King Institute of Preventive Medicine Micro-Biological Section reports 1909-11
Year: 1909
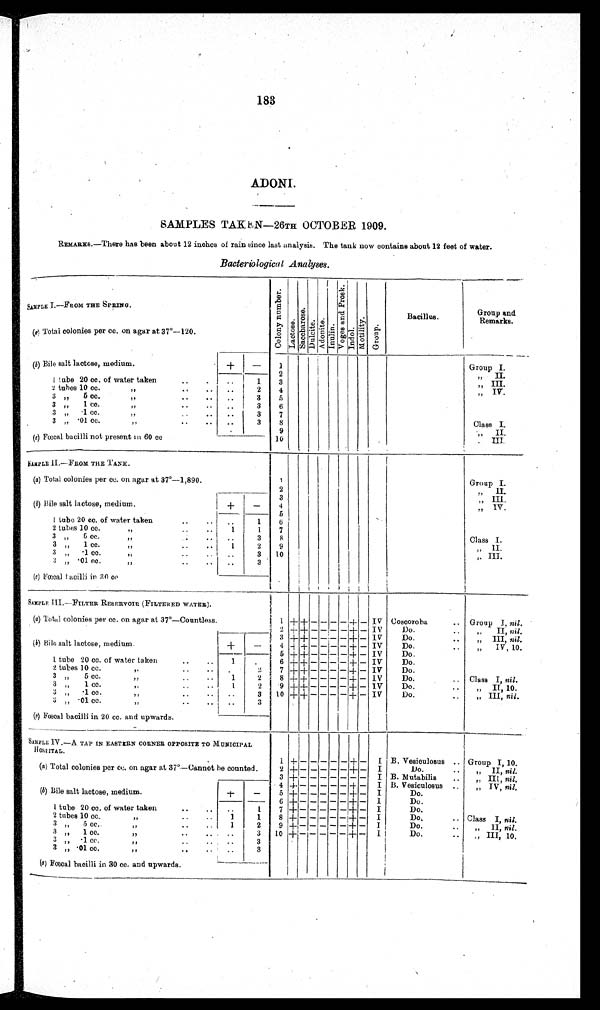
183
ADONI .
SAMPLES TAKEN—26TH OCTOBER 1909.
REMARKS.—There has been about 12 inches of rain since last analysis. The tank now contains about 12 feet of water.
Bacteriological Analyses.
—......
SAMPLE I.—FROM THE SPRING.
C o l o n y n u m b e r
L a c t o s e S a c c h a r o s e .
D u l c i t e A d o n i t e I n u l i n . V o g e s a n d P r o s k . I n d o l .
M o t i l i t y . G r o u p .
Bacillus.
Group and
Remarks.
(a) Total colonies per cc. on agar at 37°—120.
(b) Bile salt lactose, medium.
+ —
1
Group I.
2
„ II.
1 tube 20 cc. of water taken .. .
..
1
3
„ III.
2 tubes 10 CC.
”
..
..
2
4
„ IV.
3„ 5 cc.
,,
..
..
3
5
3 „
1 cc.
,,
. .
3
6
3 „ ·1 cc. ,, ..
..
3
7
3 „ ·01 cc. ,, .. ..
..
3
8
Class I.
9
„ II.
(e) F'œcal bacilli not present m 60 cc
10
,, III
SAMPLE II.—FROM. THE TANK.
1
Group I
(a) Total colonies per cc. on agar at 37°—1,890
2
,, II.
(b) Bile salt lactose, medium.
+
- 3
,, Il I.
4
„ IV..
5
1 tube 20 cc. of water taken..
..
..
1
6
2 tubes 10 cc.
1
1
7
3„
5 cc
. .
3
8
Class I.
3 „ 1 cc.
..
1
2
9
,, II..
3 „ ·1 cc.
. .
3
10
,, III.
3 „
· 0 1 c c .
, , . .
. . ..
3
(e) Fœcal Facilli in 30 cc
SAMPLE III.—FILTER RESERVOIR (FILTERED WATER).
(a) Total colonies per cc. on agar at 37°—Countless.
1 + + — — — — + — IV Coscoroba
.. Group I, nil.
2 + + — — — — + — IV
Do.
..
„
II, nil.
(b) Bile salt lactose, medium.
+
-
3
+ + - - - - + - IV
Do.
. .
,, III, nil.
4 + + — - - — + — IV
Do,
, .
„ IV, 10.
5
+ +
--
- - - +
-- IV
Do..
1 tube 20 cc. of water taken
..
..
1
.
6 + + - — - - + -
I V
D o .
2 tubes 10 cc., ,
..
.. . .
2
7 + + — — — — + — IV
Do.
3 „
5 cc.
..
..
1
2
8 + + — — — — .+ — IV
Do.
.. Class I, nil.
3 „ 1 cc...
.
.
1
2
9 + + — — — — + — IV
Do.
..
„ II, 10.
3 „ ·1 cc.
3
10 + + — — — — + — IV
Do.
..
„ III, nil.
3 „ • 01 cc.,,
• •
••
..
3
(e) Fœcal bacilli in 20 cc. and upwards.
_
SAMPLE IV —A TAP IN EASTERN CORNER OPPOSITE TO MUNICIPAL
H O S P I T A L .
1 +
- - - - -
+ —
I B. Vesiculosus .. Group I, 10.
(a) Total colonies per cc. on agar at 37°—Cannot be counted.
2 + - - - - - + — I
Do.
..
„ II, nil.
3 + - - - - - - -
I B. Mutabilis
, .
„ III, nil.
(b) Bile salt lactose, medium.
+ —
4 + - - - - - + — I B. Vesiculosus ..
„ IV, nil,
5 + - - - - - + — I
Do.
6 + — — — — — + — I
Do.
1 tube 20 cc. of water taken..
.. ..
1 ,7 + - - - - - + — I
Do.
2 tubes 10 cc.
..
..
1
1
8 + — — — — — + — I
Do,
.. Class I, nil.
3 „ 5cc.
,,
..
..
1
2
9 + — — — — — + —
I
Do.
..
„ II, nil.
3 „ 1 cc.
,,
..
3 10 + - — — — — + — I
Do.
..
I
,, III, 10.
3 ,, ·1 cc.
,,
..
3
3 „ ·01 cc.,,
..
. .
3
(e) Fœcal bacilli in 30 cc. and upwards.